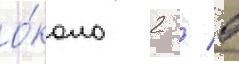
о́коло 2 / 5